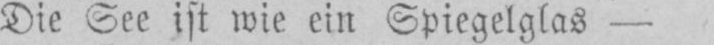
Die See ist wie ein Spiegelglas -